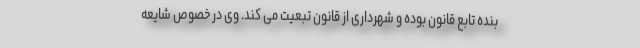
بنده تابع قانون بوده و شهرداری از قانون تبعیت می کند. وی در خصوص شایعه